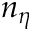
n _ { \eta }